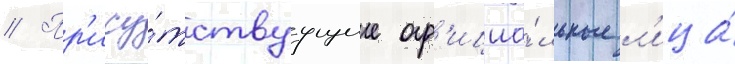
// Пр'ису́тствуущие оф'ициа́льные л'ица́